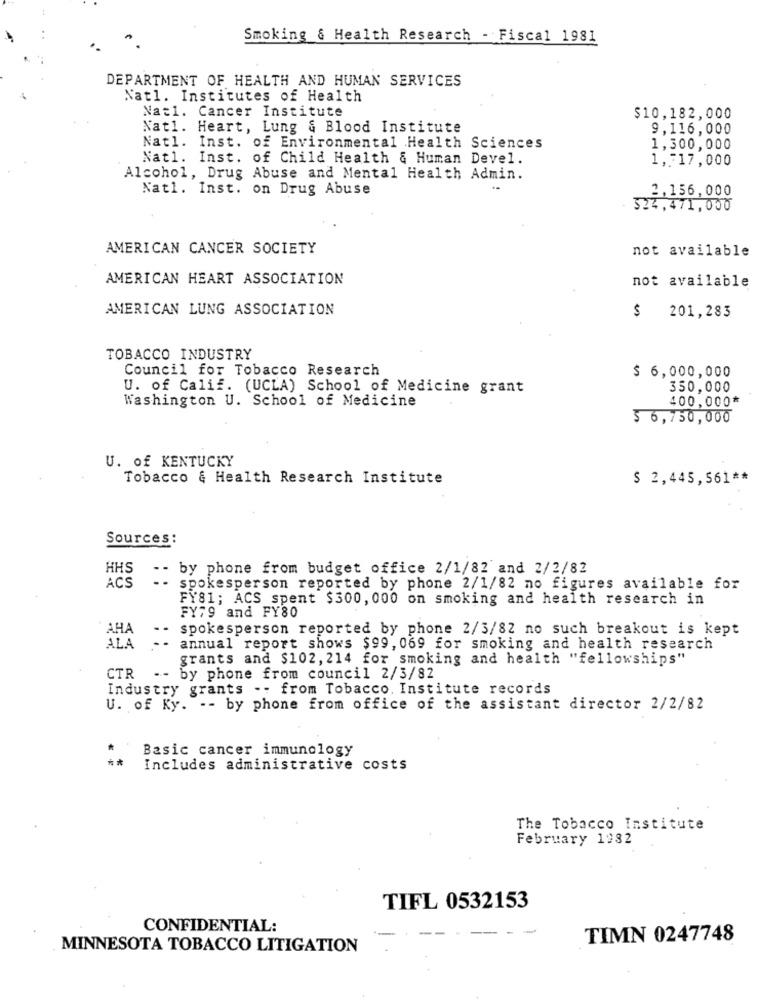
Smoking & Health Research - Fiscal 1981
DEPARTMENT OF HEALTH AND HUMAN SERVICES
Nat1. Institutes of Health
Nat1. Cancer Institute
$10,182,000
Nat1. Heart, Lung & Blood Institute
9,116,000
Natl. Inst. of Environmental Health Sciences
1,300,000
Nat1. Inst. of Child Health & Human Devel.
1,717,000
Alcohol, Drug Abuse and Mental Health Admin.
Natl. Inst. on Drug Abuse
2,156,000
324,471,000
AMERICAN CANCER SOCIETY
not available
AMERICAN HEART ASSOCIATION
not available
AMERICAN LUNG ASSOCIATION
$
201,283
TOBACCO INDUSTRY
Council for Tobacco Research
$ 6,000,000
U. of Calif. (UCLA) School of Medicine grant
350,000
Washington U. School of Medicine
400,000*
$6,750,000
U. of KENTUCKY
Tobacco & Health Research Institute
$ 2,445,561 **
Sources :
HHS
-- by phone from budget office 2/1/82 and 2/2/82
ACS
-- spokesperson reported by phone 2/1/82 no figures available for
FY81; ACS spent $300, 000 on smoking and health research in
FY79 and FY80
AHA
.- spokesperson reported by phone 2/3/82 no such breakout is kept
ALA
-- annual report shows $99, 069 for smoking and health research
grants and $102, 214 for smoking and health "fellowships"
CTR
.- by phone from council 2/3/82
Industry grants -- from Tobacco. Institute records
U. of Ky. -- by phone from office of the assistant director 2/2/82
Basic cancer immunology
Includes administrative costs
The Tobacco Institute
February 1982
TIFL 0532153
CONFIDENTIAL:
TIMN 0247748
MINNESOTA TOBACCO LITIGATION